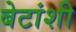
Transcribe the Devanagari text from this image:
बेटांशी